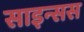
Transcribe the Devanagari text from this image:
साइन्सस